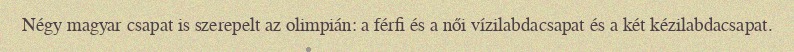
Négy magyar csapat is szerepelt az olimpián: a férfi és a női vízilabdacsapat és a két kézilabdacsapat.